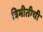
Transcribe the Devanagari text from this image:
त्रिमीतीची